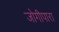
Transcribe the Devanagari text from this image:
जोगीपारा